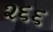
૨૬૬